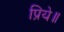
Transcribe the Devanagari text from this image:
प्रिये॥